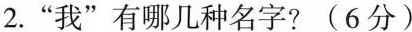
2.”我”有哪几种名字？(6分)